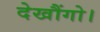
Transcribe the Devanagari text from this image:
देखौंगो।